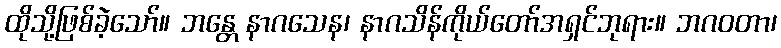
ထိုသို့ဖြစ်ခဲ့သော်။ ဘန္တေ နာဂသေန၊ နာဂသိန်ကိုယ်တော်အရှင်ဘုရား။ ဘဂဝတာ၊